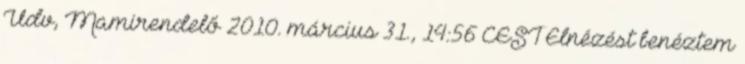
Üdv, Mamirendelő 2010. március 31., 14:56 CEST Elnézést benéztem